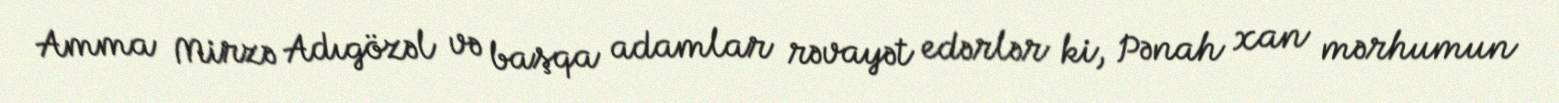
Amma Mirzə Adıgözəl və başqa adamlar rəvayət edərlər ki, Pənah xan mərhumun